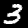
Digit: 3